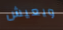
ويعيش